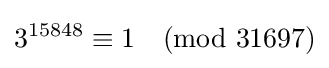
3^{15848}\equiv 1{\pmod {31697}}